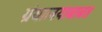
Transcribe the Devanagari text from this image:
ग्रंथालयाबाबत